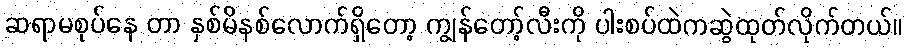
ဆရာမစုပ်နေ တာ နှစ်မိနစ်လောက်ရှိတော့ ကျွန်တော့်လီးကို ပါးစပ်ထဲကဆွဲထုတ်လိုက်တယ်။